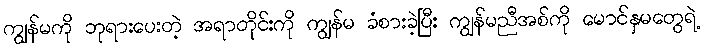
ကျွန်မကို ဘုရားပေးတဲ့ အရာတိုင်းကို ကျွန်မ ခံစားခဲ့ပြီး ကျွန်မညီအစ်ကို မောင်နှမတွေရဲ့